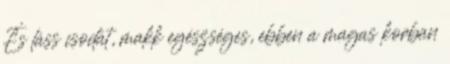
És láss csodát, makk egészséges, ebben a magas korban